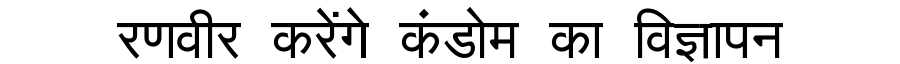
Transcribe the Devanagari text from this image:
रणवीर करेंगे कंडोम का विज्ञापन